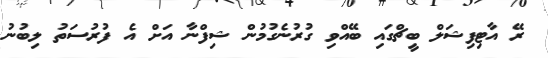
ރޭ އާޓިފިޝަލް ބީޗްގައި ބޭއްވި ގުރުނެގުމުން ޝިފްނާ އަށް އެ ފުރުސަތު ލިބުނު